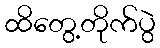
ထိတွေ့တိုက်ပွဲ